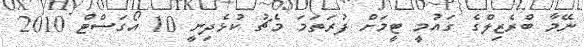
ނޭމާ ބްރެޒިލްގެ ގައުމީ ޓީމަށް ފުރަތަމަ މެޗު ކުޅެދިނީ 10 އޯގަސްޓް 2010